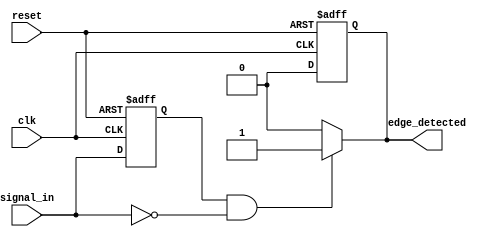
module negative_edge_detector (
    input wire clk,           // Clock signal
    input wire reset,         // Reset signal
    input wire signal_in,     // Input signal to monitor for negative edges
    output reg edge_detected   // Output signal indicating a negative edge
);

    reg signal_in_prev;       // Memory element to store the previous state of signal_in

    // Always block to capture the previous state of signal_in on the rising edge of the clock
    always @(posedge clk or posedge reset) begin
        if (reset) begin
            signal_in_prev <= 1'b0; // Initialize to known state on reset
            edge_detected <= 1'b0;   // Ensure edge_detected is low on reset
        end else begin
            signal_in_prev <= signal_in; // Update previous state
            edge_detected <= 1'b0;        // Reset edge_detected
        end
    end

    // Combinational logic to detect negative edge
    always @(*) begin
        if (signal_in_prev == 1'b1 && signal_in == 1'b0) begin
            edge_detected = 1'b1; // Negative edge detected
        end else begin
            edge_detected = 1'b0; // No edge detected
        end
    end

endmodule